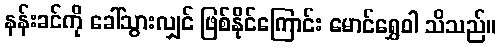
နန်းခင်ကို ခေါ်သွားလျှင် ဖြစ်နိုင်ကြောင်း မောင်ရွှေဝါ သိသည်။